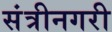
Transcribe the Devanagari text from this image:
संत्रीनगरी